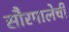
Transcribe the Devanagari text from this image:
सौरमालेची